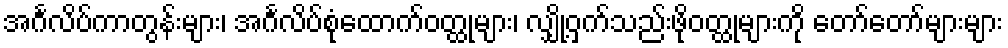
အင်္ဂလိပ်ကာတွန်းများ၊ အင်္ဂလိပ်စုံထောက်ဝတ္ထုများ၊ လျှို့ဝှက်သည်းဖိုဝတ္ထုများကို တော်တော်များများ